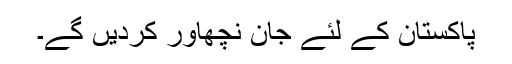
پاکستان کے لئے جان نچھاور کردیں گے۔